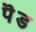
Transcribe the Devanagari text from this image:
पॆड